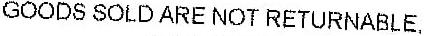
GOODS SOLD ARE NOT RETURNABLE,